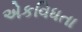
એકવિધતા